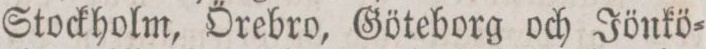
Stockholm, Örebro, Göteborg och Jönkö=